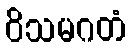
ဝိသမဂတံ